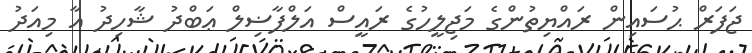
ޖަފަރް ޙުސައިން ރައްޔިތުންގެ މަޖިލީހުގެ ރައީސް އަލްފާޟިލް ޢަބްދު ޝާހިދު އާ މިއަދު